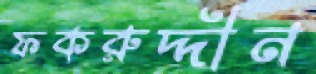
ফকরুদ্দীন